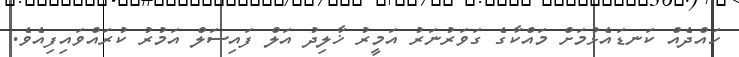
ހައްދެއް ކަނޑައެޅުމަށް މައްކާގެ ގަވަރުނަރު އަމީރު ޚާލިދު އަލް ފައިސަލް އަމުރު ކުރައްވައިފިއެވެ.